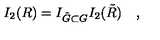
I _ { 2 } ( R ) = I _ { \tilde { G } \subset G } I _ { 2 } ( \tilde { R } ) \quad ,